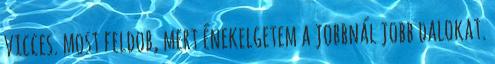
vicces. most feldob, mert énekelgetem a jobbnál jobb dalokat.